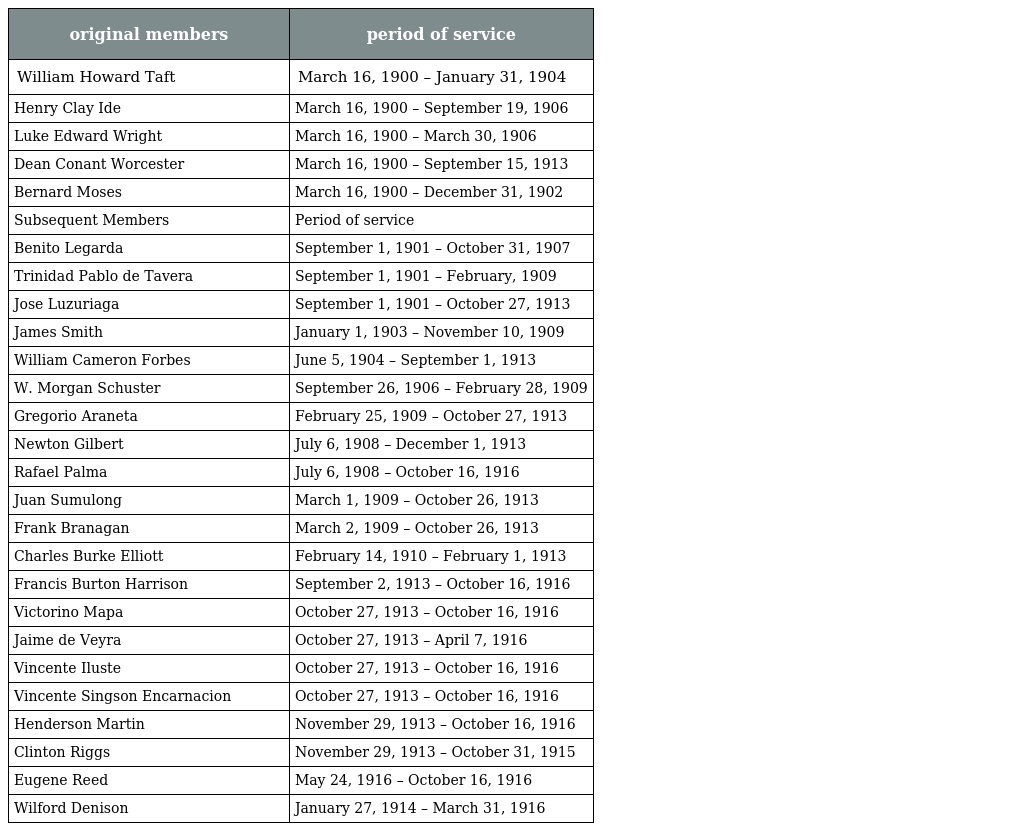
| original members | period of service |
 | --- | --- |
 | William Howard Taft | March 16, 1900 – January 31, 1904 |
 | Henry Clay Ide | March 16, 1900 – September 19, 1906 |
 | Luke Edward Wright | March 16, 1900 – March 30, 1906 |
 | Dean Conant Worcester | March 16, 1900 – September 15, 1913 |
 | Bernard Moses | March 16, 1900 – December 31, 1902 |
 | Subsequent Members | Period of service |
 | Benito Legarda | September 1, 1901 – October 31, 1907 |
 | Trinidad Pablo de Tavera | September 1, 1901 – February, 1909 |
 | Jose Luzuriaga | September 1, 1901 – October 27, 1913 |
 | James Smith | January 1, 1903 – November 10, 1909 |
 | William Cameron Forbes | June 5, 1904 – September 1, 1913 |
 | W. Morgan Schuster | September 26, 1906 – February 28, 1909 |
 | Gregorio Araneta | February 25, 1909 – October 27, 1913 |
 | Newton Gilbert | July 6, 1908 – December 1, 1913 |
 | Rafael Palma | July 6, 1908 – October 16, 1916 |
 | Juan Sumulong | March 1, 1909 – October 26, 1913 |
 | Frank Branagan | March 2, 1909 – October 26, 1913 |
 | Charles Burke Elliott | February 14, 1910 – February 1, 1913 |
 | Francis Burton Harrison | September 2, 1913 – October 16, 1916 |
 | Victorino Mapa | October 27, 1913 – October 16, 1916 |
 | Jaime de Veyra | October 27, 1913 – April 7, 1916 |
 | Vincente Iluste | October 27, 1913 – October 16, 1916 |
 | Vincente Singson Encarnacion | October 27, 1913 – October 16, 1916 |
 | Henderson Martin | November 29, 1913 – October 16, 1916 |
 | Clinton Riggs | November 29, 1913 – October 31, 1915 |
 | Eugene Reed | May 24, 1916 – October 16, 1916 |
 | Wilford Denison | January 27, 1914 – March 31, 1916 |